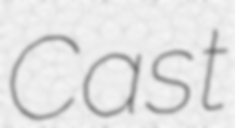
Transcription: Cast